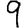
Digit: 9